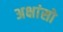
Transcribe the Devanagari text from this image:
अक्षांसो